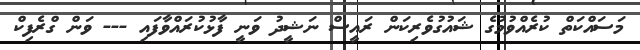
މަސައްކަތް ކުރެއްވުމުގެ ޝައުގުވެރިކަން ރައީސް ނަޝީދު ވަނީ ފާޅުކުރައްވާފައި --- ވަން ގްރެފިކް